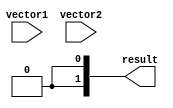
module comparator(
    input [63:0] vector1,
    input [63:0] vector2,
    output [2:0] result
);

assign result[0] = (vector1 == vector2) ? 3'b001 : 3'b000; // Equal
assign result[0] = (vector1 > vector2) ? 3'b010 : 3'b000; // Greater than
assign result[0] = (vector1 < vector2) ? 3'b100 : 3'b000; // Less than

endmodule